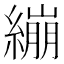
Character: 繃